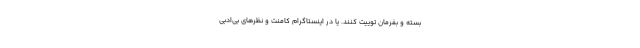
بسته و بفرمان توییت کنند. یا در اینستاگرام کامنت و نظرهای بی‌ادبی